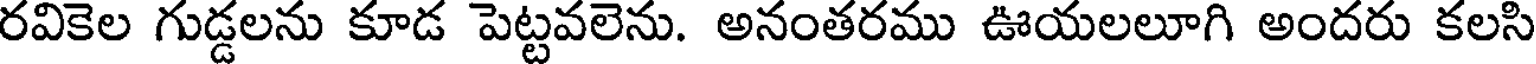
రవికెల గుడ్డలను కూడ పెట్టవలెను. అనంతరము ఊయలలూగి అందరు కలసి